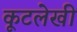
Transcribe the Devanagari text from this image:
कूटलेखी